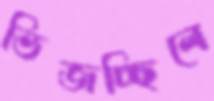
ভিজচ্ছিলে